Lunatic asylums Punjab 1881-1894 - 1881-1894
Year: 1881
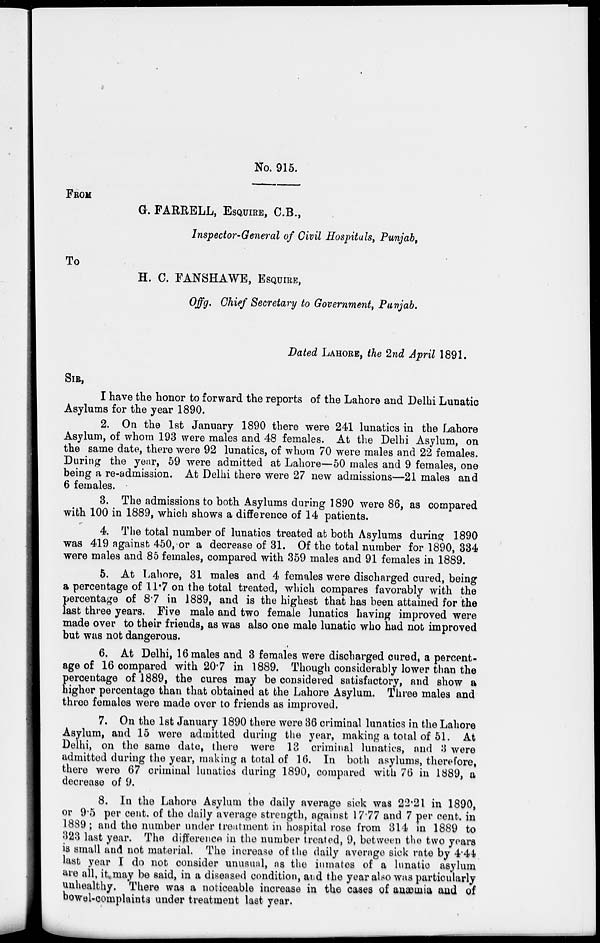
No. 915.
FROM
G. FARRELL, ESQUIRE, C.B.,
Inspector-General of Civil Hospitals, Punjab,
To
H. C. FANSHAWE, ESQUIRE,
Offg. Chief Secretary to Government, Punjab.
Dated LAHORE, the 2nd April 1891.
SIR,
I have the honor to forward the reports of the Lahore and Delhi Lunatic
Asylums for the year 1890.
2. On the 1st January 1890 there were 241 lunatics in the Lahore
Asylum, of whom 193 were males and 48 females. At the Delhi Asylum, on
the same date, there were 92 lunatics, of whom 70 were males and 22 females.
During the year, 59 were admitted at Lahore—50 males and 9 females, one
being a re-admission. At Delhi there were 27 new admissions—21 males and
6 females.
3. The admissions to both Asylums during 1890 were 86, as compared
with 100 in 1889, which shows a difference of 14 patients.
4. The total number of lunatics treated at both Asylums during 1890
was 419 against 450, or a decrease of 31. Of the total number for 1890, 334
were males and 85 females, compared with 359 males and 91 females in 1889.
5. At Lahore, 31 males and 4 females were discharged cured, being
a percentage of 11.7 on the total treated, which compares favorably with the
percentage of 8.7 in 1889, and is the highest that has been attained for the
last three years. Five male and two female lunatics having improved were
made over to their friends, as was also one male lunatic who had not improved
but was not dangerous.
6. At Delhi, 16 males and 3 females were discharged cured, a percent-
age of 16 compared with 20.7 in 1889. Though considerably lower than the
percentage of 1889, the cures may be considered satisfactory, and show a
higher percentage than that obtained at the Lahore Asylum. Three males and
three females were made over to friends as improved.
7. On the 1st January 1890 there were 36 criminal lunatics in the Lahore
Asylum, and 15 were admitted during the year, making a total of 51. At
Delhi, on the same date, there were 13 criminal lunatics, and 3 were
admitted during the year, making a total of 16. In both asylums, therefore,
there were 67 criminal lunatics during 1890, compared with 76 in 1889, a
decrease of 9.
8. In the Lahore Asylum the daily average sick was 22.21 in 1890,
or 9.5 per cent. of the daily average strength, against 17.77 and 7 per cent. in
1889 ; and the number under treatment in hospital rose from 314 in 1889 to
323 last year. The difference in the number treated, 9, between the two years
is small and not material. The increase of the daily average sick rate by 4.44
last year I do not consider unusual, as the inmates of a lunatic asylum
are all, it may be said, in a diseased condition, and the year also was particularly
unhealthy. There was a noticeable increase in the cases of anæmia and of
bowel-complaints under treatment last year.